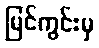
မြင်ကွင်းမှ